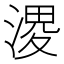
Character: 溭